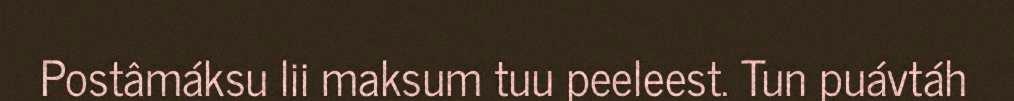
Postâmáksu lii maksum tuu peeleest. Tun puávtáh